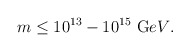
\begin{align*}m \le 10^{13} - 10^{15} ~{\mbox GeV}.\end{align*}